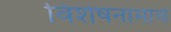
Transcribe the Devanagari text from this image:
विशेषनामाचे